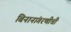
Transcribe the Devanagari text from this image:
बिनानांगरणीची